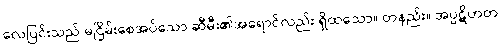
လေပြင်းသည် မငြိမ်းစေအပ်သော ဆီမီး၏အရောင်လည်း ရှိထသော။ တနည်း။ အပ္ပဋိဟတ